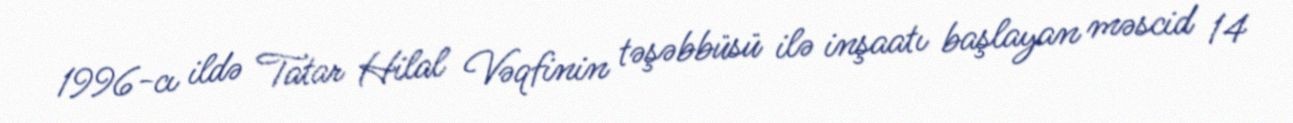
1996-cı ildə Tatar Hilal Vəqfinin təşəbbüsü ilə inşaatı başlayan məscid 14